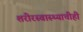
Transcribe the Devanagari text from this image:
शरीरस्वास्थ्याचीही